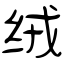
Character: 绒